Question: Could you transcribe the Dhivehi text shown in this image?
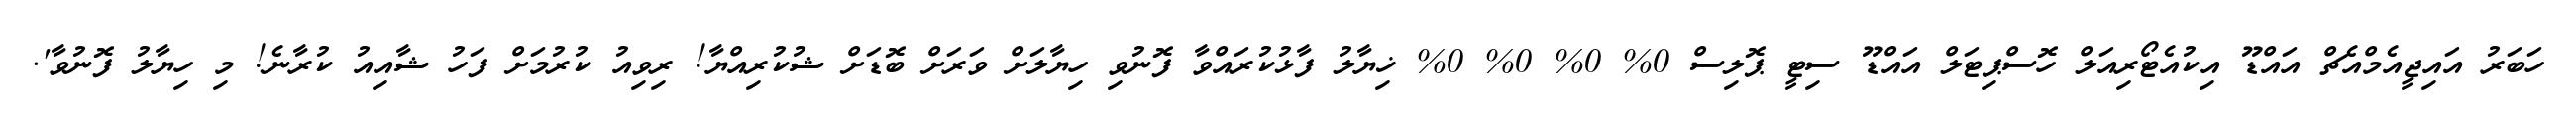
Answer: ހަބަރު އައިޖީއެމްއެޗް އައްޑޫ އިކުއެޓޯރިއަލް ހޮސްޕިޓަލް އައްޑޫ ސިޓީ ޕޮލިސް 0% 0% 0% 0% ޚިޔާލު ފާޅުކުރައްވާ ފޮނުވި ހިޔާލަށް ވަރަށް ބޮޑަށް ޝުކުރިއްޔާ! ރިވިއު ކުރުމަށް ފަހު ޝާއިއު ކުރާނެ! މި ހިޔާލު ފޮނުވާ'.